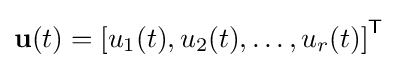
\mathbf {u} (t)=\left[u_{1}(t),u_{2}(t),\ldots ,u_{r}(t)\right]^{\mathsf {T}}